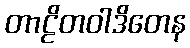
တာဠိတဝါဒိတေန